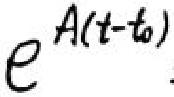
$e^{A(t - t_0)}$